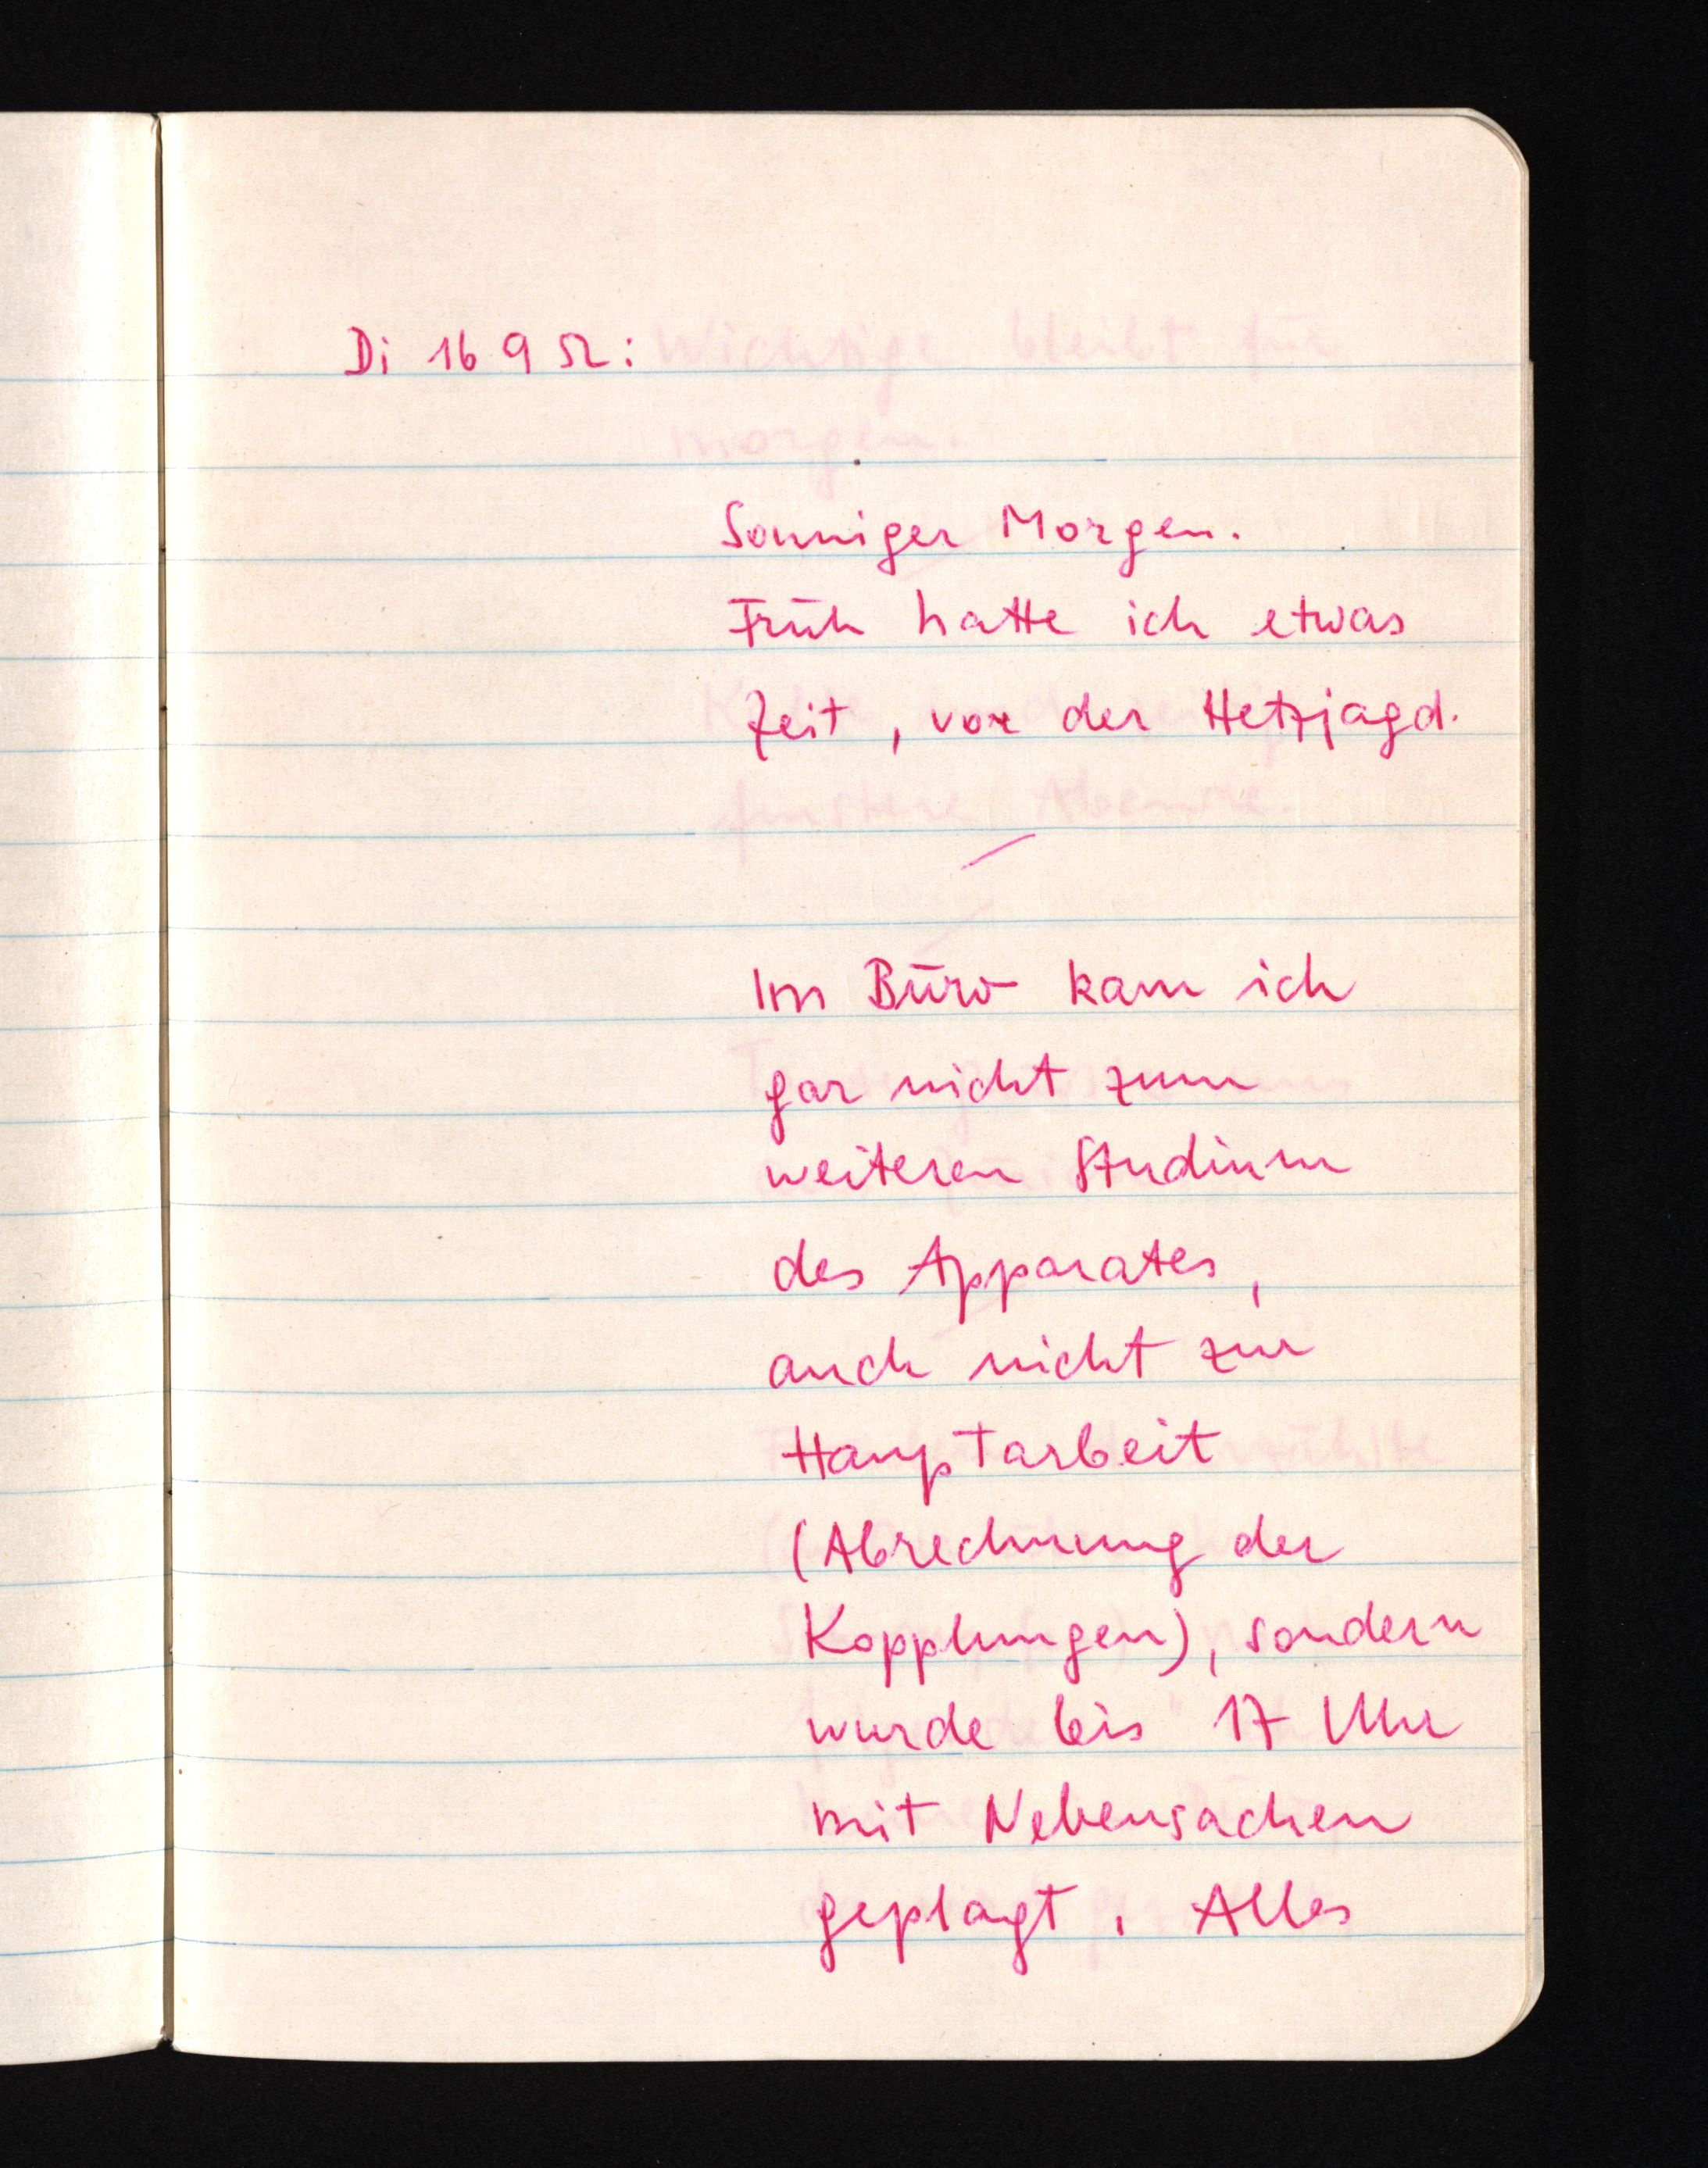
Di 16 9 52:
Sonniger Morgen.
Früh hatte ich etwas
Zeit, vor der Hetzjagd.
Im Büro kam ich
gar nicht zum
weiteren Studium
des Apparates,
auch nicht zur
Hauptarbeit
(Abrechnung der
Kopplungen), sondern
wurde bis 17 Uhr
mit Nebensachen
geplagt. Alles